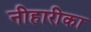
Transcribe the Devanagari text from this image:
नीहारीका